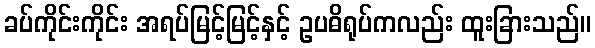
ခပ်ကိုင်းကိုင်း အရပ်မြင့်မြင့်နှင့် ဥပဓိရုပ်ကလည်း ထူးခြားသည်။